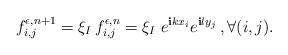
LaTeX: \begin{align*}f_{i,j}^{\epsilon,n+1} = \xi_I\, f_{i,j}^{\epsilon,n}=\xi_I \; e^{{\mathbf i} k x_i} e^{{\mathbf i} l y_j}\,, \forall (i,j) .\end{align*}